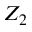
Z _ { 2 }